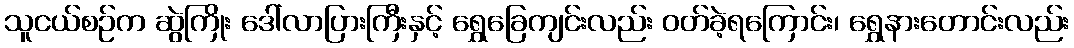
သူငယ်စဉ်က ဆွဲကြိုး ဒေါ်လာပြားကြီးနှင့် ရွှေခြေကျင်းလည်း ဝတ်ခဲ့ရကြောင်း၊ ရွှေနားတောင်းလည်း